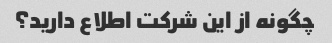
چگونه از این شرکت اطلاع دارید؟